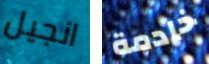
انجيل خادمة